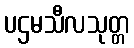
ပဌမသီလသုတ္တ